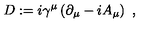
D : = i \gamma ^ { \mu } \left( \partial _ { \mu } - i A _ { \mu } \right) \ ,